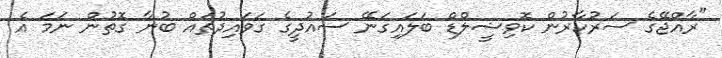
"ރާއްޖޭގެ ސަރުކާރުން ކޮވިޝީލްޑް ބަލައިގަނޭ ސައުދީގެ ގަވައިދުތައް ބުނާ ގޮތުން ނަމަ އެ